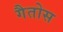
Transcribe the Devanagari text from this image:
गैतोस